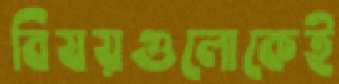
বিষয়গুলোকেই